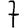
Digit: 7